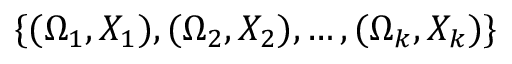
\{ ( \Omega _ { 1 } , X _ { 1 } ) , ( \Omega _ { 2 } , X _ { 2 } ) , \ldots , ( \Omega _ { k } , X _ { k } ) \}